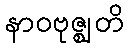
နာဝဗုဇ္ဈတိ